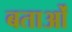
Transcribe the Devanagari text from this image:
बताओं